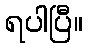
ရပါပြီ။